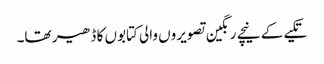
تکیے کے نیچے رنگین تصویروں والی کتابوں کا ڈھیر تھا۔